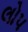
લોપ